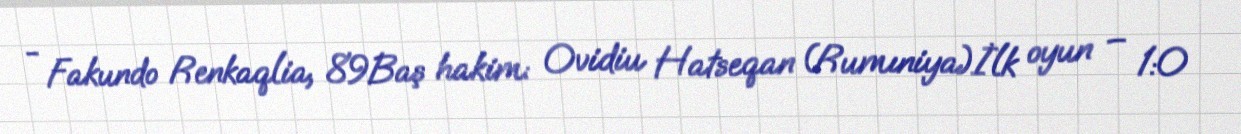
- Fakundo Renkaqlia, 89Baş hakim: Ovidiu Hatseqan (Rumıniya)İlk oyun – 1:0